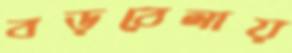
বড়বেলায়